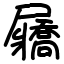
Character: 屫